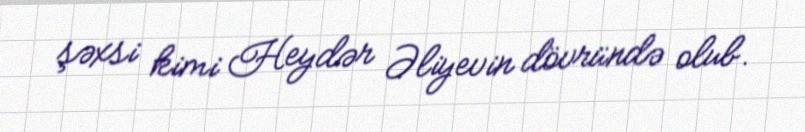
şəxsi kimi Heydər Əliyevin dövründə olub.